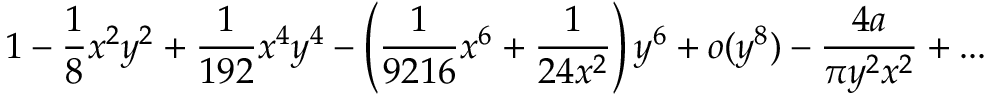
1 - \frac { 1 } { 8 } x ^ { 2 } y ^ { 2 } + \frac { 1 } { 1 9 2 } x ^ { 4 } y ^ { 4 } - \left( \frac { 1 } { 9 2 1 6 } x ^ { 6 } + \frac { 1 } { 2 4 x ^ { 2 } } \right) y ^ { 6 } + o ( y ^ { 8 } ) - \frac { 4 a } { \pi y ^ { 2 } x ^ { 2 } } + . . .